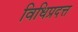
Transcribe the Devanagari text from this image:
विधिप्रदत्त